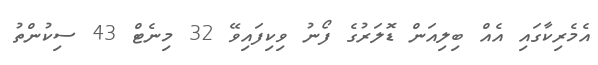
އެމެރިކާގައި އެއް ބިލިއަން ޑޮލަރުގެ ފޯނު ވިކިފައިވޭ 32 މިނެޓް 43 ސިކުންތު